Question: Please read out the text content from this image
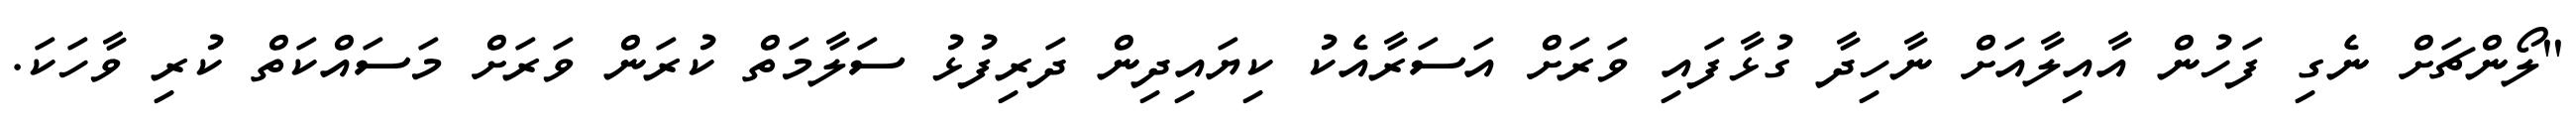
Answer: "ލޯންޗަށް ނެގި ފަހުން އާއިލާއަށް ނާހިދާ ގުޅާފައި ވަރަށް އަސަރާއެކު ކިޔައިދިން ދަރިފުޅު ސަލާމަތް ކުރަން ވަރަށް މަސައްކަތް ކުރި ވާހަކަ.